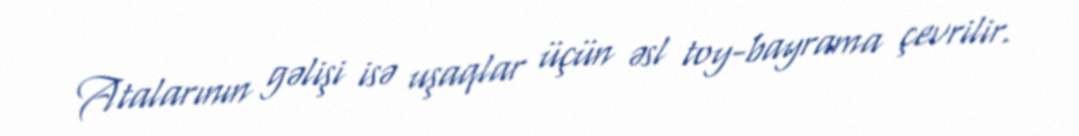
Atalarının gəlişi isə uşaqlar üçün əsl toy-bayrama çevrilir.